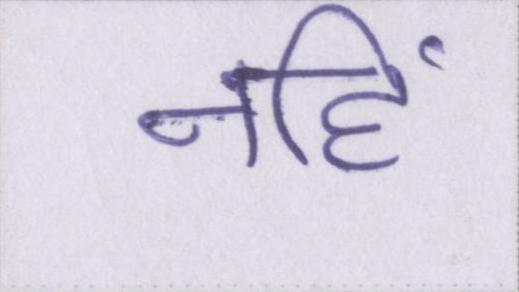
नहिं